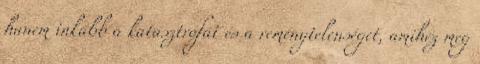
hanem inkább a katasztrófát és a reménytelenséget, amihez meg